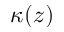
\kappa ( z )